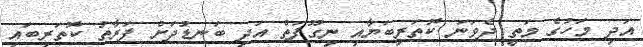
އަދި މަހުގެ މަތީ ދެވަނަ ކޮތަރިބަޔާއި ނިގޫފަތް އަދި ބަނޑުދަށް ފަރާތު ކޮތަރިބައި